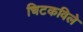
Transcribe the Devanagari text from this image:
चिटकविले